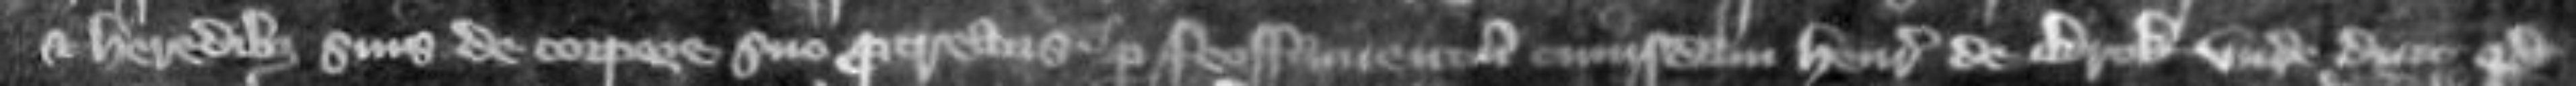
et heredibus suis de corpore suo procreatis per feoffamentum cuiusdam Henrici de Brok unde dicit quod